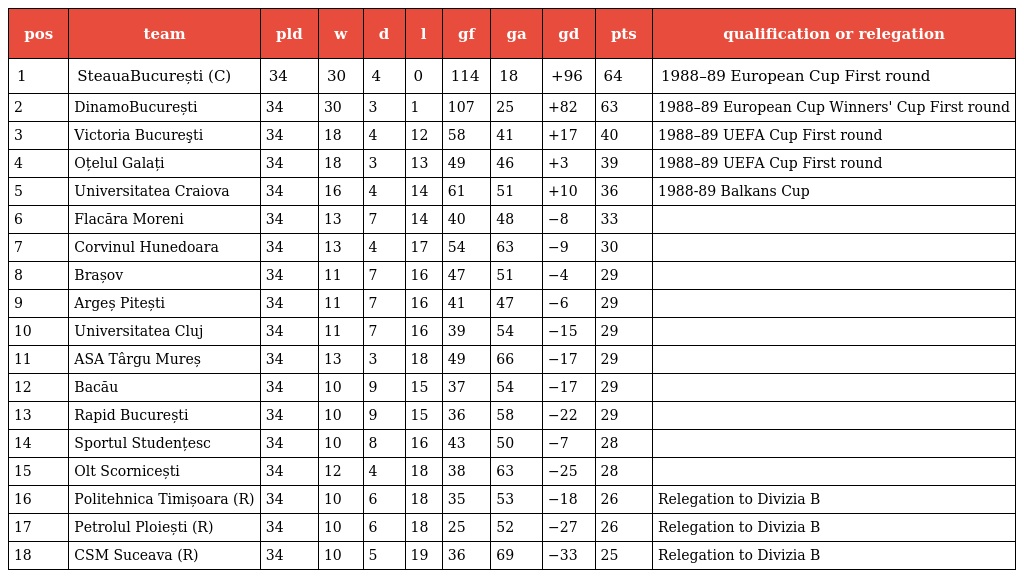
| pos | team | pld | w | d | l | gf | ga | gd | pts | qualification or relegation |
 | --- | --- | --- | --- | --- | --- | --- | --- | --- | --- | --- |
 | 1 | SteauaBucurești (C) | 34 | 30 | 4 | 0 | 114 | 18 | +96 | 64 | 1988–89 European Cup First round |
 | 2 | DinamoBucurești | 34 | 30 | 3 | 1 | 107 | 25 | +82 | 63 | 1988–89 European Cup Winners' Cup First round |
 | 3 | Victoria Bucureşti | 34 | 18 | 4 | 12 | 58 | 41 | +17 | 40 | 1988–89 UEFA Cup First round |
 | 4 | Oțelul Galați | 34 | 18 | 3 | 13 | 49 | 46 | +3 | 39 | 1988–89 UEFA Cup First round |
 | 5 | Universitatea Craiova | 34 | 16 | 4 | 14 | 61 | 51 | +10 | 36 | 1988-89 Balkans Cup |
 | 6 | Flacăra Moreni | 34 | 13 | 7 | 14 | 40 | 48 | −8 | 33 |  |
 | 7 | Corvinul Hunedoara | 34 | 13 | 4 | 17 | 54 | 63 | −9 | 30 |  |
 | 8 | Brașov | 34 | 11 | 7 | 16 | 47 | 51 | −4 | 29 |  |
 | 9 | Argeș Pitești | 34 | 11 | 7 | 16 | 41 | 47 | −6 | 29 |  |
 | 10 | Universitatea Cluj | 34 | 11 | 7 | 16 | 39 | 54 | −15 | 29 |  |
 | 11 | ASA Târgu Mureș | 34 | 13 | 3 | 18 | 49 | 66 | −17 | 29 |  |
 | 12 | Bacău | 34 | 10 | 9 | 15 | 37 | 54 | −17 | 29 |  |
 | 13 | Rapid București | 34 | 10 | 9 | 15 | 36 | 58 | −22 | 29 |  |
 | 14 | Sportul Studențesc | 34 | 10 | 8 | 16 | 43 | 50 | −7 | 28 |  |
 | 15 | Olt Scornicești | 34 | 12 | 4 | 18 | 38 | 63 | −25 | 28 |  |
 | 16 | Politehnica Timișoara (R) | 34 | 10 | 6 | 18 | 35 | 53 | −18 | 26 | Relegation to Divizia B |
 | 17 | Petrolul Ploiești (R) | 34 | 10 | 6 | 18 | 25 | 52 | −27 | 26 | Relegation to Divizia B |
 | 18 | CSM Suceava (R) | 34 | 10 | 5 | 19 | 36 | 69 | −33 | 25 | Relegation to Divizia B |